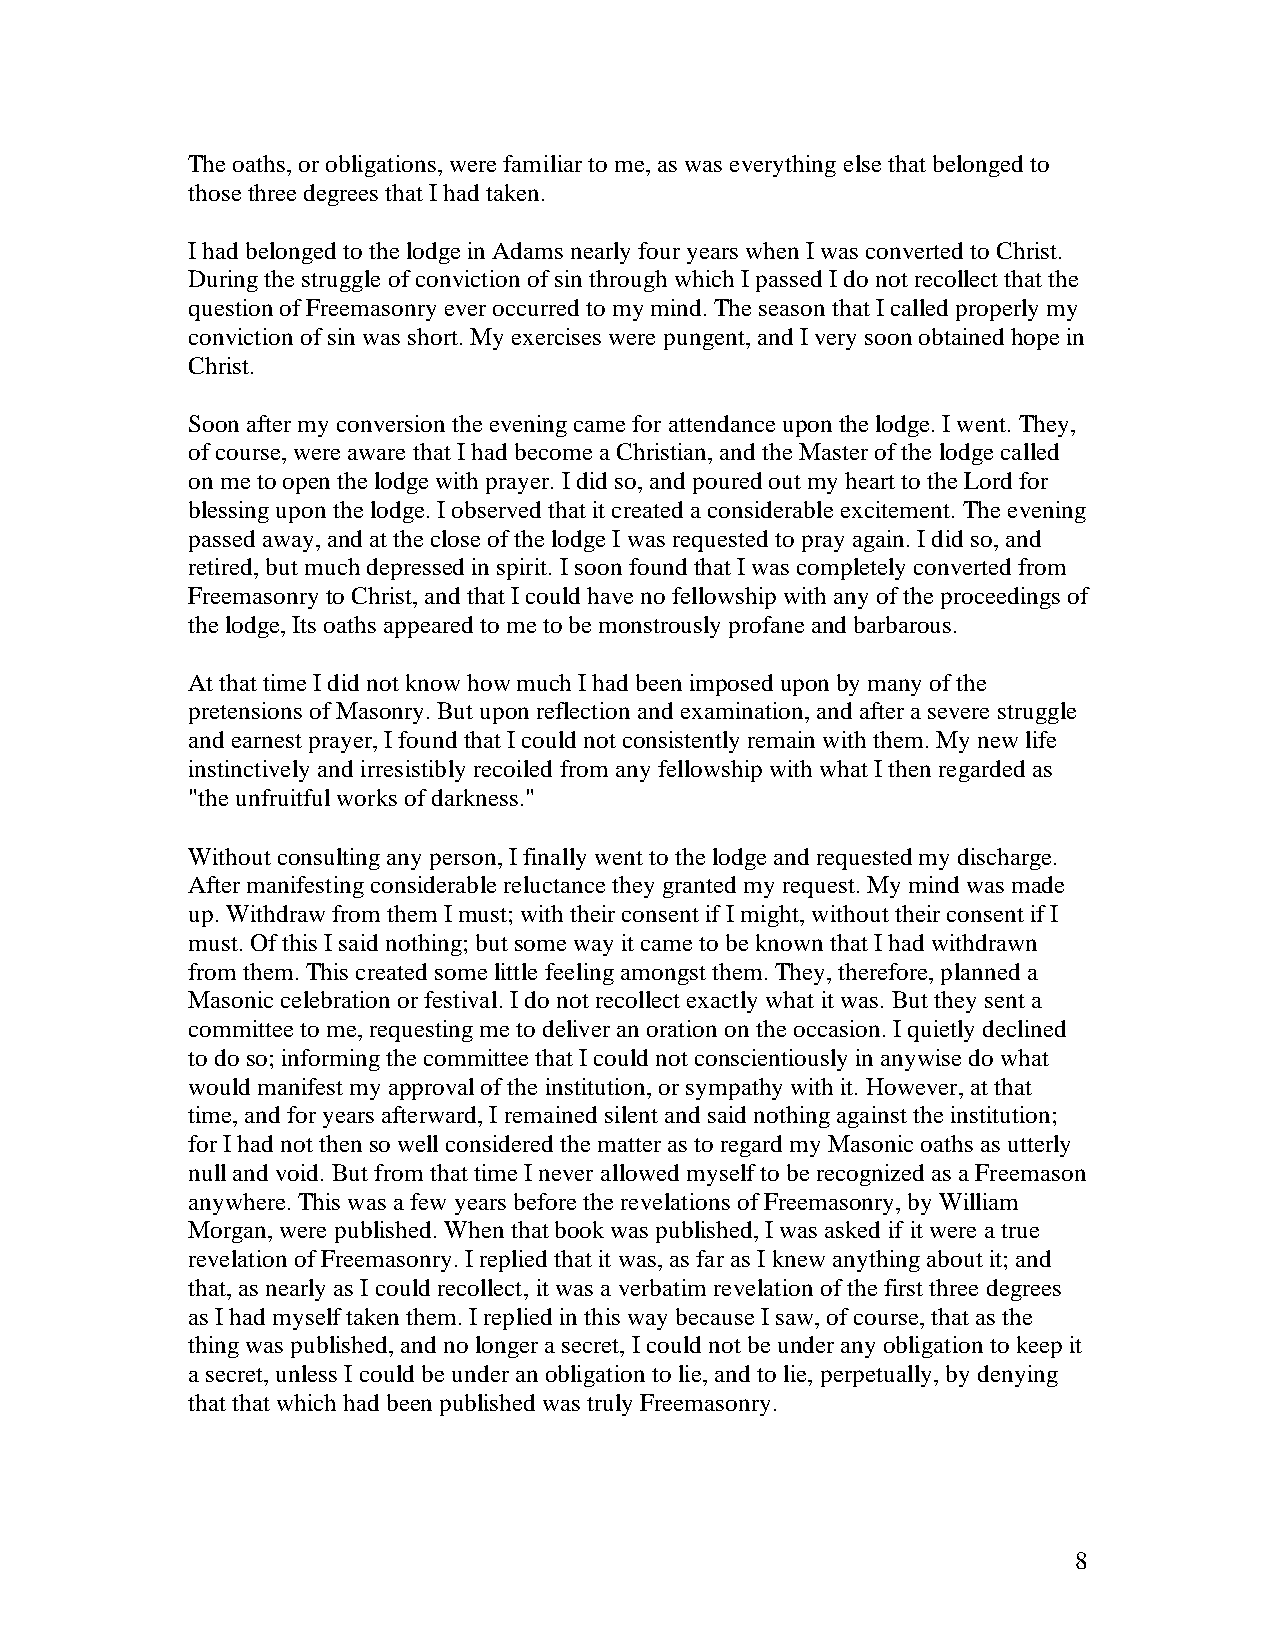
The oaths, or obligations, were familiar to me, as was everything else that belonged to
 those three degrees that I had taken.
 I had belonged to the lodge in Adams nearly four years when I was converted to Christ.
 During the struggle of conviction of sin through which I passed I do not recollect that the
 question of Freemasonry ever occurred to my mind. The season that I called properly my
 conviction of sin was short. My exercises were pungent, and I very soon obtained hope in
 Christ.
 Soon after my conversion the evening came for attendance upon the lodge. I went. They,
 of course, were aware that I had become a Christian, and the Master of the lodge called
 on me to open the lodge with prayer. I did so, and poured out my heart to the Lord for
 blessing upon the lodge. I observed that it created a considerable excitement. The evening
 passed away, and at the close of the lodge I was requested to pray again. I did so, and
 retired, but much depressed in spirit. I soon found that I was completely converted from
 Freemasonry to Christ, and that I could have no fellowship with any of the proceedings of
 the lodge, Its oaths appeared to me to be monstrously profane and barbarous.
 At that time I did not know how much I had been imposed upon by many of the
 pretensions of Masonry. But upon reflection and examination, and after a severe struggle
 and earnest prayer, I found that I could not consistently remain with them. My new life
 instinctively and irresistibly recoiled from any fellowship with what I then regarded as
 "the unfruitful works of darkness."
 Without consulting any person, I finally went to the lodge and requested my discharge.
 After manifesting considerable reluctance they granted my request. My mind was made
 up. Withdraw from them I must; with their consent if I might, without their consent if I
 must. Of this I said nothing; but some way it came to be known that I had withdrawn
 from them. This created some little feeling amongst them. They, therefore, planned a
 Masonic celebration or festival. I do not recollect exactly what it was. But they sent a
 committee to me, requesting me to deliver an oration on the occasion. I quietly declined
 to do so; informing the committee that I could not conscientiously in anywise do what
 would manifest my approval of the institution, or sympathy with it. However, at that
 time, and for years afterward, I remained silent and said nothing against the institution;
 for I had not then so well considered the matter as to regard my Masonic oaths as utterly
 null and void. But from that time I never allowed myself to be recognized as a Freemason
 anywhere. This was a few years before the revelations of Freemasonry, by William
 Morgan, were published. When that book was published, I was asked if it were a true
 revelation of Freemasonry. I replied that it was, as far as I knew anything about it; and
 that, as nearly as I could recollect, it was a verbatim revelation of the first three degrees
 as I had myself taken them. I replied in this way because I saw, of course, that as the
 thing was published, and no longer a secret, I could not be under any obligation to keep it
 a secret, unless I could be under an obligation to lie, and to lie, perpetually, by denying
 that that which had been published was truly Freemasonry.
 8